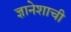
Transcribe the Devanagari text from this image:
ज्ञानेशाची